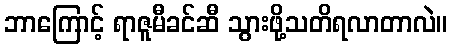
ဘာကြောင့် ရာဇူမီခင်ဆီ သွားဖို့သတိရလာတာလဲ။